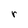
Character: r